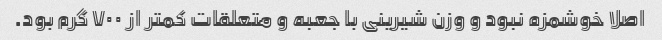
اصلا خوشمزه نبود و وزن شیرینی با جعبه و متعلقات کمتر از ۷۰۰ گرم بود.